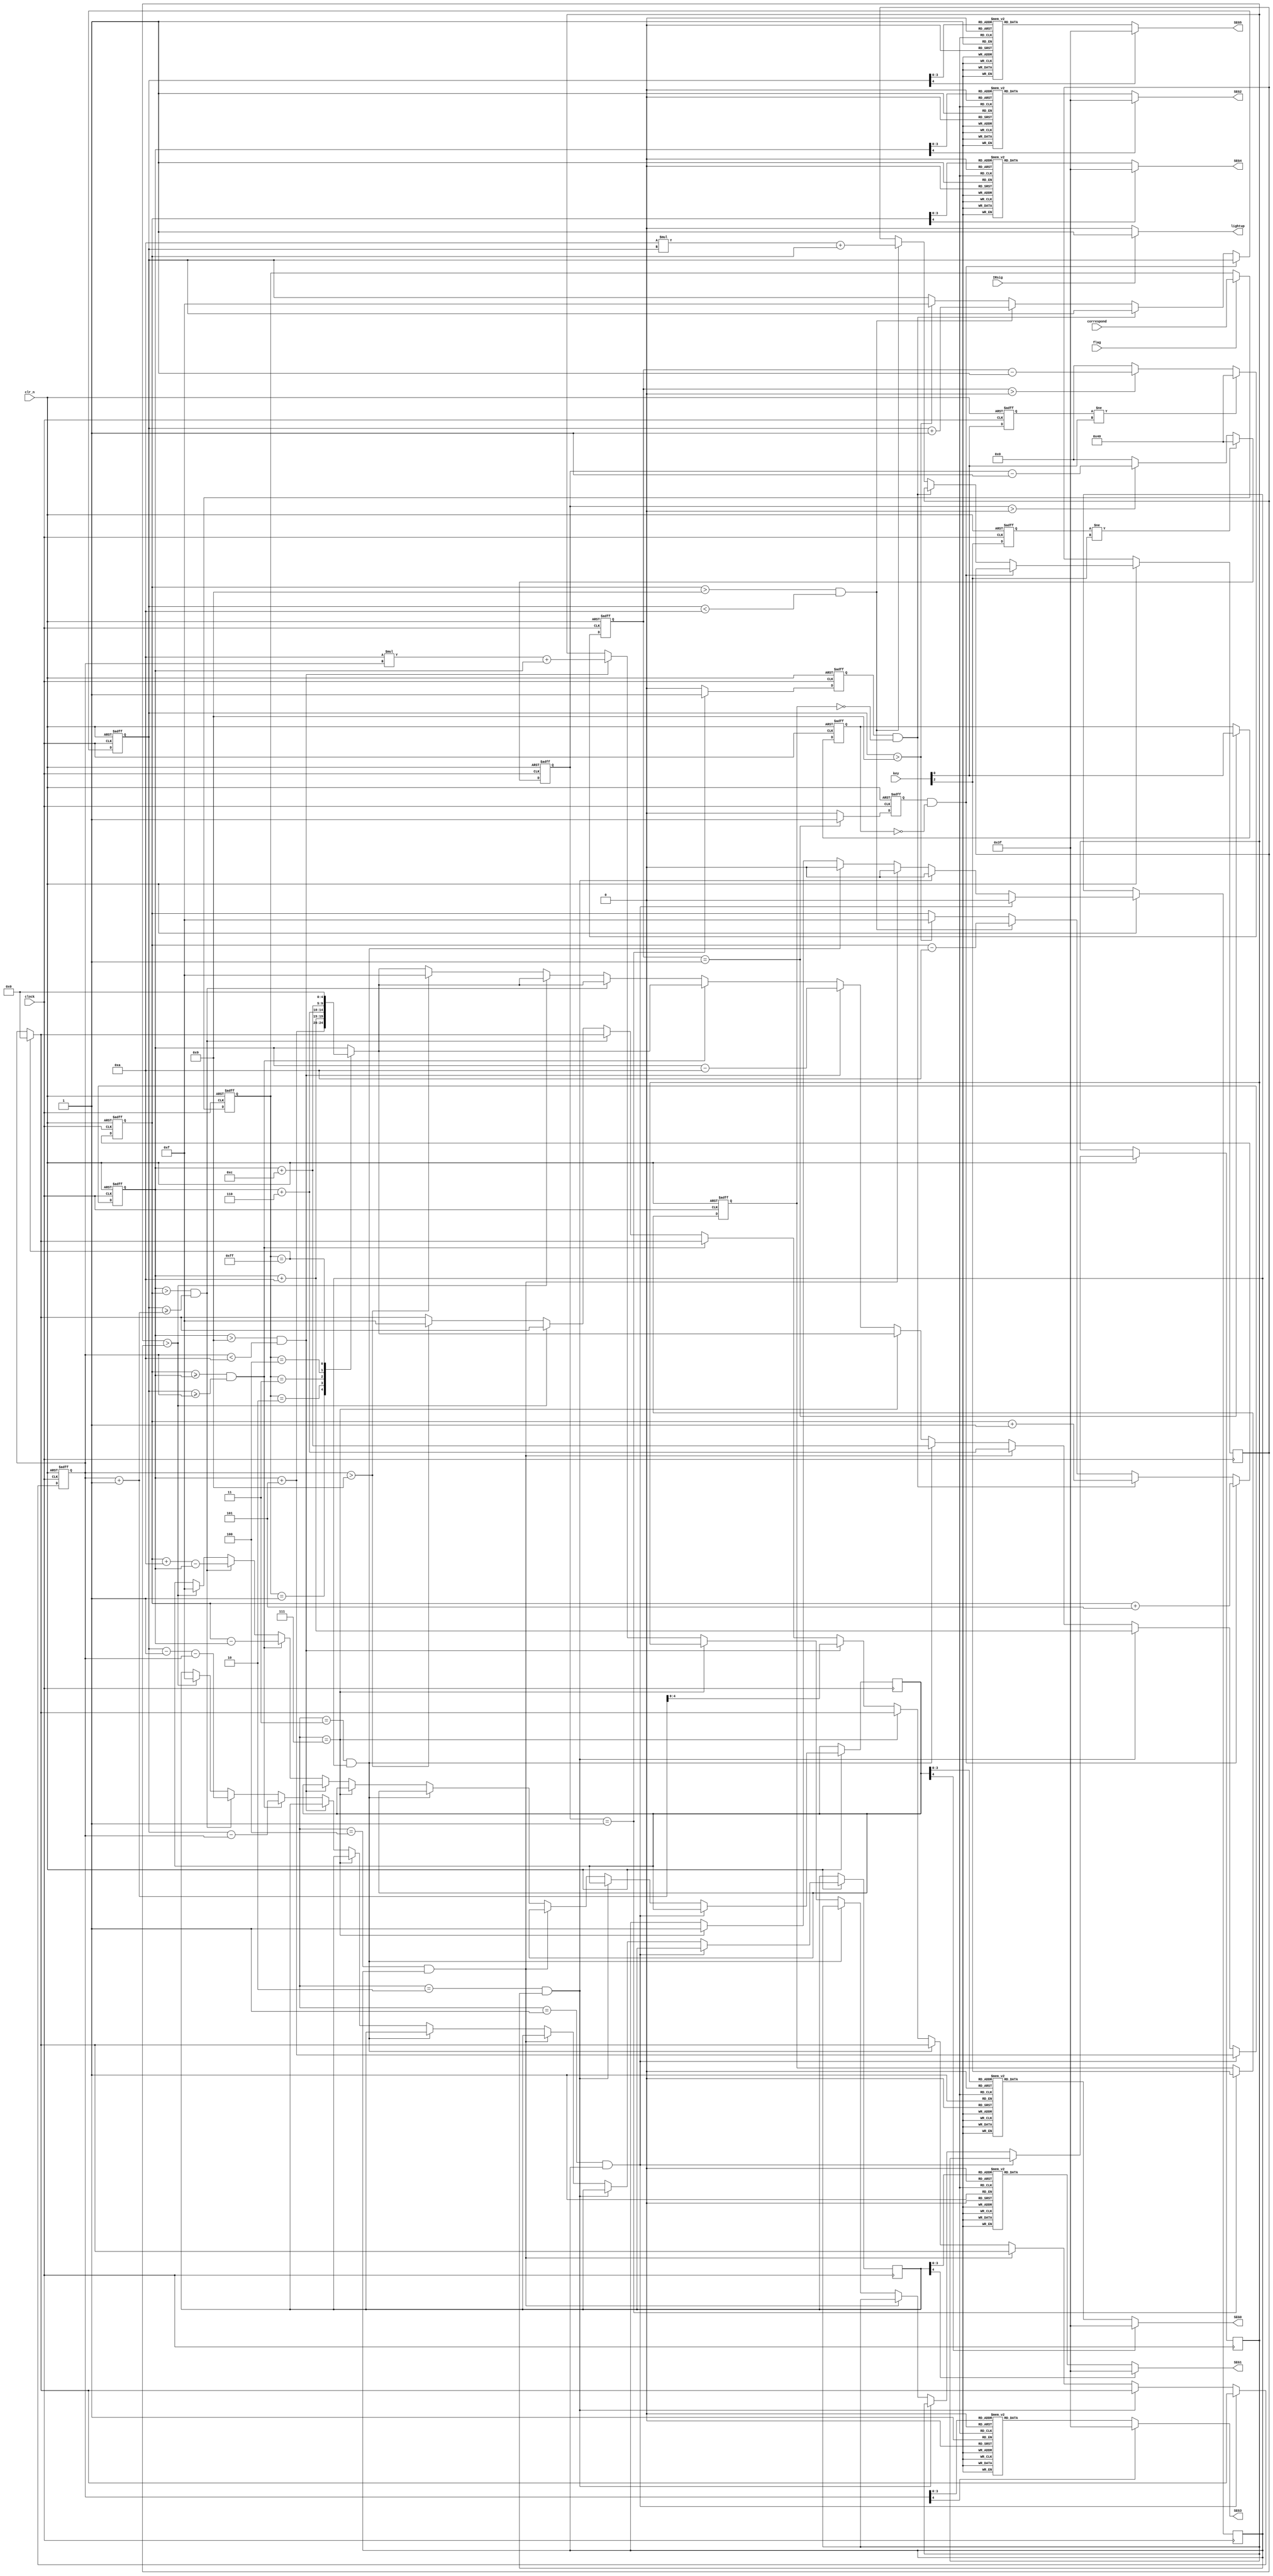
module key_lit(
	input clock,
	input clr_n,
	input [2:0] key,
	input flag,
	input IRsig,
	input wire [7:0] correspond,
	output reg [6:0] SEG0,
	output reg [6:0] SEG1,
	output reg [6:0] SEG2,
	output reg [6:0] SEG3,
	output reg [6:0] SEG4,
	output reg [6:0] SEG5,
	output reg lightup
);
reg[7:0]A;
reg [2:0]key_value;
reg [2:0]key_flag;
reg [2:0]key_reg;
reg [6:0]pay_total='d0;
reg [6:0]item_total='d0;
//reg [3:0]num_cnt='d0;
reg [3:0]pay_1=4'd5;
reg [3:0]pay_2=4'd1;
reg [3:0]item_1=4'd5;
reg [3:0]item_2=4'd10;
reg [3:0]item_3=4'd6;
reg [3:0]item_4=4'd12;
reg [4:0]pay_total_gw='d0;
reg [4:0]pay_total_sw='d0;
reg [4:0]remain_gw='d0;
reg [4:0]remain_sw='d0;
reg [4:0]item_total_gw='d0;
reg [4:0]item_total_sw='d0;
reg [19:0] delay_cnt;
reg [19:0] delay_cnt1;
reg [19:0] delay_cnt2;
initial SEG0=7'b100_0000;
initial SEG1=7'b100_0000;
reg [3:0]voice;
reg voice_flag;
always@(posedge clock or negedge clr_n)
if(clr_n == 1'b0)
A <= 8'b0;
else if(flag==1'b1)
A <= correspond;
else
A <= A;

always@(posedge clock or negedge clr_n)begin
	if(!clr_n)begin
		key_reg[0]<=1'b1;
		delay_cnt<=20'b0;
		end
	else begin
		key_reg[0]<=key[0];
		if(key_reg[0] != key[0])
			delay_cnt<=20'b1000_000;
		else begin
			if(delay_cnt>0)
				delay_cnt<=delay_cnt-20'b1;
			else
				delay_cnt<=20'b0;
			end
		end	
end
always@(posedge clock or negedge clr_n)begin
	if(!clr_n)begin
		key_value[0]<=1'b1;
		key_flag[0]<=1'b0;
	end 
	else begin 
		if(delay_cnt==20'b1)begin
			key_flag[0]<=1'b1;
			key_value[0]<=key[0];
		end
		else begin
			key_flag[0]<=1'b0;
			key_value[0]<=key_value[0];
			end
		end
	end
	
		always@(posedge clock or negedge clr_n)begin
	if(!clr_n)begin
		key_reg[2]<=1'b1;
		delay_cnt2<=20'b0;
		end
	else begin
		key_reg[2]<=key[2];
		if(key_reg[2] != key[2])
			delay_cnt2<=20'b1000_000;
		else begin
			if(delay_cnt2>0)
				delay_cnt2<=delay_cnt2-20'b1;
			else
				delay_cnt2<=20'b0;
			end
		end	
end
always@(posedge clock or negedge clr_n)begin
	if(!clr_n)begin
		key_value[2]<=1'b1;
		key_flag[2]<=1'b0;
	end 
	else begin 
		if(delay_cnt2==20'b1)begin
			key_flag[2]<=1'b1;
			key_value[2]<=key[2];
		end
		else begin
			key_flag[2]<=1'b0;
			key_value[2]<=key_value[2];
			end
		end
	end
	
always@(posedge clock or negedge clr_n)begin
	if(!clr_n) begin
			pay_total_gw<='d0;
			pay_total_sw<='d0;
		end
	else if(key_flag[0]&(!key_value[0]))			//button down
			pay_total_gw<=pay_total_gw+pay_1;
	else if(key_flag[2]&(!key_value[2]))			//button2 down
			pay_total_gw<=pay_total_gw+pay_2;
	else if(pay_total_gw>'d9&&pay_total_sw<'d10)begin
				pay_total_sw<=pay_total_sw+'d1;
				pay_total_gw<=pay_total_gw-'d10;
				pay_total = 10*pay_total_sw+pay_total_gw;
				end
	//else if(pay_total_sw>'d0&&pay_total_sw<'d10) pay_total = 10*pay_total_sw+pay_total_gw;
				
	//else if(pay_total_sw=='d0&&pay_total_gw<'d10)
				//pay_total <= pay_total_gw;
	else if(pay_total_sw>'d9)begin
				pay_total_gw<='hf;
				pay_total_sw<='hf;
			end
		//end
end
always@(posedge clock or negedge clr_n)begin

end
always @(pay_total_gw)
	begin
		case(pay_total_gw)
		4'd1: SEG4=7'b111_1001;
		4'd2: SEG4=7'b010_0100;
		4'd3: SEG4=7'b011_0000;
		4'd4: SEG4=7'b001_1001;
		4'd5: SEG4=7'b001_0010;
		4'd6: SEG4=7'b000_0010;
		4'd7: SEG4=7'b111_1000;
		4'd8: SEG4=7'b000_0000;
		4'd9: SEG4=7'b001_0000;
		4'd0: SEG4=7'b100_0000;
		4'hf: SEG4=7'b000_1110;
		default:SEG4=7'b011_1111;
		endcase
	end
	always @(pay_total_sw)
	begin
		case(pay_total_sw)
		4'd1: SEG5=7'b111_1001;
		4'd2: SEG5=7'b010_0100;
		4'd3: SEG5=7'b011_0000;
		4'd4: SEG5=7'b001_1001;
		4'd5: SEG5=7'b001_0010;
		4'd6: SEG5=7'b000_0010;
		4'd7: SEG5=7'b111_1000;
		4'd8: SEG5=7'b000_0000;
		4'd9: SEG5=7'b001_0000;
		4'd0: SEG5=7'b100_0000;
		4'hf: SEG5=7'b000_1110;
		default:SEG5=7'b011_1111;
		endcase
	end
	
	
	
always@(posedge clock or negedge clr_n)begin
	if(!clr_n)begin
		key_reg[1]<=1'b1;
		delay_cnt1<=20'b0;
		end
	else begin
		key_reg[1]<=key[1];
		if(key_reg[1] != key[1])
			delay_cnt1<=20'b1000_000;
		else begin
			if(delay_cnt1>0)
				delay_cnt1<=delay_cnt1-20'b1;
			else
				delay_cnt1<=20'b0;
			end
		end	
end
always@(posedge clock or negedge clr_n)begin
	if(!clr_n)begin
		key_value[1]<=1'b1;
		key_flag[1]<=1'b0;
	end 
	else begin 
		if(delay_cnt1==20'b1)begin
			key_flag[1]<=1'b1;
			key_value[1]<=key[1];
		end
		else begin
			key_flag[1]<=1'b0;
			key_value[1]<=key_value[1];
			end
		end
	end
	
	always@(posedge clock or negedge clr_n)begin
		if(!clr_n)begin
		item_total_gw<=1'b0;
	   item_total_sw<=1'b0;
	end 
	else begin
	case(A)
	8'b0000_0001:  item_total_gw<=item_total_gw+item_1;
	8'b0000_0010:  item_total_gw<=item_total_gw+item_2;
	8'b0000_0011:  item_total_gw<=item_total_gw+item_3;
	8'b0000_0100:  item_total_gw<=item_total_gw+item_4;
	8'b1111_1111:  begin 
	              item_total_gw<=1'b0;
					  item_total_sw<=1'b0;
					  end
	  default:;
  endcase

   if (voice=='b001&&voice_flag)begin
	
		item_total_gw<=item_total_gw+item_1;
		voice_flag<='b0;
	end
	else if(voice=='b010&&voice_flag)begin
		item_total_gw<=item_total_gw+item_2;
		voice_flag<='b0;
	end
	else if(voice=='b100&&voice_flag)begin
		item_total_gw<=item_total_gw+item_3;
		voice_flag<='b0;
	end
	else if (voice=='b011&&voice_flag)begin
		item_total_gw<=item_total_gw+item_4;
		voice_flag<='b0;
	end
	//else if(voice=='b000&&voice_flag)begin
		//item_total_sw<=0;
	//	item_total_gw<=0;
	//	voice_flag=0;
	//	end
	else if(voice=='b111)
	voice_flag<='b1;
  
	else if(item_total_gw>'d9&&item_total_sw<'d10)begin
				item_total_sw<=item_total_sw+'d1;
				item_total_gw<=item_total_gw-'d10;
				item_total = 10*item_total_sw+item_total_gw;
			end
	//else if(item_total_sw>'d0&&item_total_sw<'d10) item_total = 10*item_total_sw+item_total_gw;
	//else if(item_total_sw=='d0&&item_total_gw<'d10)
				//item_total <= item_total_gw;
	else if(pay_total_gw>=item_total_gw&&pay_total_sw>=item_total_sw)begin
				remain_gw<=pay_total_gw-item_total_gw;
				remain_sw<=pay_total_sw-item_total_sw;
			end
	else if(item_total_gw>pay_total_gw&&pay_total_sw>=item_total_sw+1)begin
				remain_gw<=pay_total_gw+'d10-item_total_gw;
				remain_sw<=pay_total_sw-'d1-item_total_sw;
			end
	else if(item_total>pay_total)begin
				remain_gw<='hf;
				remain_sw<='hf;
			end
	else if(item_total_sw>'d9)begin
				item_total_gw<='hf;
				item_total_sw<='hf;
			end
		end
end

always @(item_total_gw)
	begin
		case(item_total_gw)
		4'd1: SEG2=7'b111_1001;
		4'd2: SEG2=7'b010_0100;
		4'd3: SEG2=7'b011_0000;
		4'd4: SEG2=7'b001_1001;
		4'd5: SEG2=7'b001_0010;
		4'd6: SEG2=7'b000_0010;
		4'd7: SEG2=7'b111_1000;
		4'd8: SEG2=7'b000_0000;
		4'd9: SEG2=7'b001_0000;
		4'd0: SEG2=7'b100_0000;
		4'hf: SEG2=7'b000_1110;
		default:SEG2=7'b011_1111;
		endcase
	end
	always @(item_total_sw)
	begin
		case(item_total_sw)
		4'd1: SEG3=7'b111_1001;
		4'd2: SEG3=7'b010_0100;
		4'd3: SEG3=7'b011_0000;
		4'd4: SEG3=7'b001_1001;
		4'd5: SEG3=7'b001_0010;
		4'd6: SEG3=7'b000_0010;
		4'd7: SEG3=7'b111_1000;
		4'd8: SEG3=7'b000_0000;
		4'd9: SEG3=7'b001_0000;
		4'd0: SEG3=7'b100_0000;
		4'hf: SEG3=7'b000_1110;
		default:SEG3=7'b011_1111;
		endcase
	end
	always @(remain_gw)
	begin
		case(remain_gw)
		4'd1: SEG0=7'b111_1001;
		4'd2: SEG0=7'b010_0100;
		4'd3: SEG0=7'b011_0000;
		4'd4: SEG0=7'b001_1001;
		4'd5: SEG0=7'b001_0010;
		4'd6: SEG0=7'b000_0010;
		4'd7: SEG0=7'b111_1000;
		4'd8: SEG0=7'b000_0000;
		4'd9: SEG0=7'b001_0000;
		4'd0: SEG0=7'b100_0000;
		4'hf: SEG0=7'b000_1110;
		default:SEG0=7'b011_1111;
		endcase
	end
	always @(remain_sw)
	begin
		case(remain_sw)
		4'd1: SEG1=7'b111_1001;
		4'd2: SEG1=7'b010_0100;
		4'd3: SEG1=7'b011_0000;
		4'd4: SEG1=7'b001_1001;
		4'd5: SEG1=7'b001_0010;
		4'd6: SEG1=7'b000_0010;
		4'd7: SEG1=7'b111_1000;
		4'd8: SEG1=7'b000_0000;
		4'd9: SEG1=7'b001_0000;
		4'd0: SEG1=7'b100_0000;
		4'hf: SEG1=7'b000_1110;
		default:SEG1=7'b011_1111;
		endcase
	end

always@(IRsig)begin
	if(IRsig)
	lightup=1;
	else
	lightup=0;
	end
endmodule